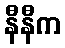
နီနီက